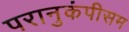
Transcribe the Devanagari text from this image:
परानुकंपीसम